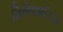
સિવિલાઈઝડ